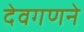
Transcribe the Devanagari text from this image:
देवगणने